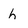
Character: h